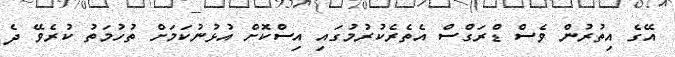
އޭގެ އިތުރުން ވެސް ޑްރަގްސް އެތެރެކުރުމުގައި އިސްކޮށް އުޅުނުކަމަށް ތުހުމަތު ކުރެވޭ ދެ